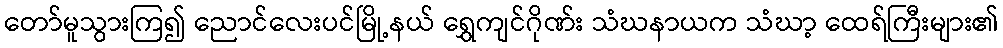
တော်မူသွားကြ၍ ညောင်လေးပင်မြို့နယ် ရွှေကျင်ဂိုဏ်း သံဃနာယက သံဃာ့ ထေရ်ကြီးများ၏